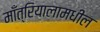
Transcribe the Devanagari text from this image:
माँत्रियालामधील